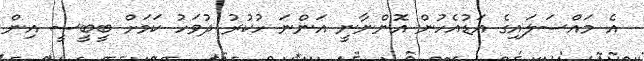
އެ މައްސަލައިގެ އަޑުއެހުން އޮންނާނީ އަންނަ ހުކުރު ދުވަހު ކަމަށް ބީބީސީ އިން